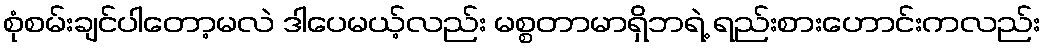
စုံစမ်းချင်ပါတော့မလဲ ဒါပေမယ့်လည်း မစ္စတာမာရှိဘရဲ့ ရည်းစားဟောင်းကလည်း